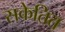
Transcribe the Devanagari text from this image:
सकेतित